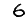
Digit: 6